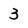
Character: 3